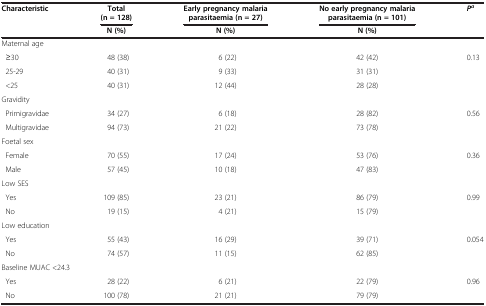
<table><thead><tr><td rowspan="2"><b>Characteristic</b></td><td><b>Total (n = 128)</b></td><td><b>Early pregnancy malaria parasitaemia (n = 27)</b></td><td><b>No early pregnancy malaria parasitaemia (n = 101)</b></td><td rowspan="2"><b><i>P</i><sup><i>a</i></sup></b></td></tr><tr><td><b>N (%)</b></td><td><b>N (%)</b></td><td><b>N (%)</b></td></tr></thead><tbody><tr><td colspan="5">Maternal age</td></tr><tr><td> ≥30</td><td>48 (38)</td><td>6 (22)</td><td>42 (42)</td><td>0.13</td></tr><tr><td> 25-29</td><td>40 (31)</td><td>9 (33)</td><td>31 (31)</td><td>[EMPTY_CELL]</td></tr><tr><td> &lt;25</td><td>40 (31)</td><td>12 (44)</td><td>28 (28)</td><td>[EMPTY_CELL]</td></tr><tr><td colspan="5">Gravidity</td></tr><tr><td> Primigravidae</td><td>34 (27)</td><td>6 (18)</td><td>28 (82)</td><td>0.56</td></tr><tr><td> Multigravidae</td><td>94 (73)</td><td>21 (22)</td><td>73 (78)</td><td>[EMPTY_CELL]</td></tr><tr><td colspan="5">Foetal sex</td></tr><tr><td> Female</td><td>70 (55)</td><td>17 (24)</td><td>53 (76)</td><td>0.36</td></tr><tr><td> Male</td><td>57 (45)</td><td>10 (18)</td><td>47 (83)</td><td>[EMPTY_CELL]</td></tr><tr><td colspan="5">Low SES</td></tr><tr><td> Yes</td><td>109 (85)</td><td>23 (21)</td><td>86 (79)</td><td>0.99</td></tr><tr><td> No</td><td>19 (15)</td><td>4 (21)</td><td>15 (79)</td><td>[EMPTY_CELL]</td></tr><tr><td colspan="5">Low education</td></tr><tr><td> Yes</td><td>55 (43)</td><td>16 (29)</td><td>39 (71)</td><td>0.054</td></tr><tr><td> No</td><td>74 (57)</td><td>11 (15)</td><td>62 (85)</td><td>[EMPTY_CELL]</td></tr><tr><td colspan="5">Baseline MUAC &lt;24.3</td></tr><tr><td> Yes</td><td>28 (22)</td><td>6 (21)</td><td>22 (79)</td><td>0.96</td></tr><tr><td> No</td><td>100 (78)</td><td>21 (21)</td><td>79 (79)</td><td>[EMPTY_CELL]</td></tr></tbody></table>